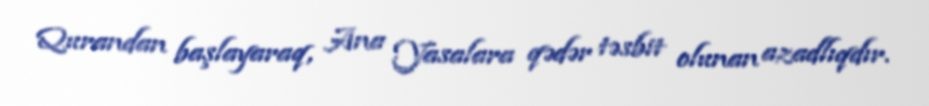
Qurandan başlayaraq, Ana Yasalara qədər təsbit olunan azadlıqdır.